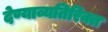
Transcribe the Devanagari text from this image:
देण्याव्यतिरिक्त